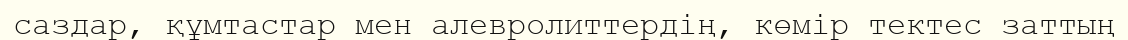
саздар, құмтастар мен алевролиттердің, көмір тектес заттың